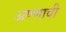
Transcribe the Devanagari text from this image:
अण्णावी